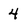
Character: 4